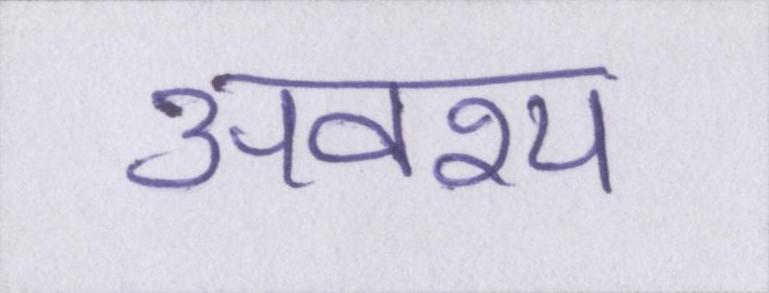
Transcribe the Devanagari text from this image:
अवश्य